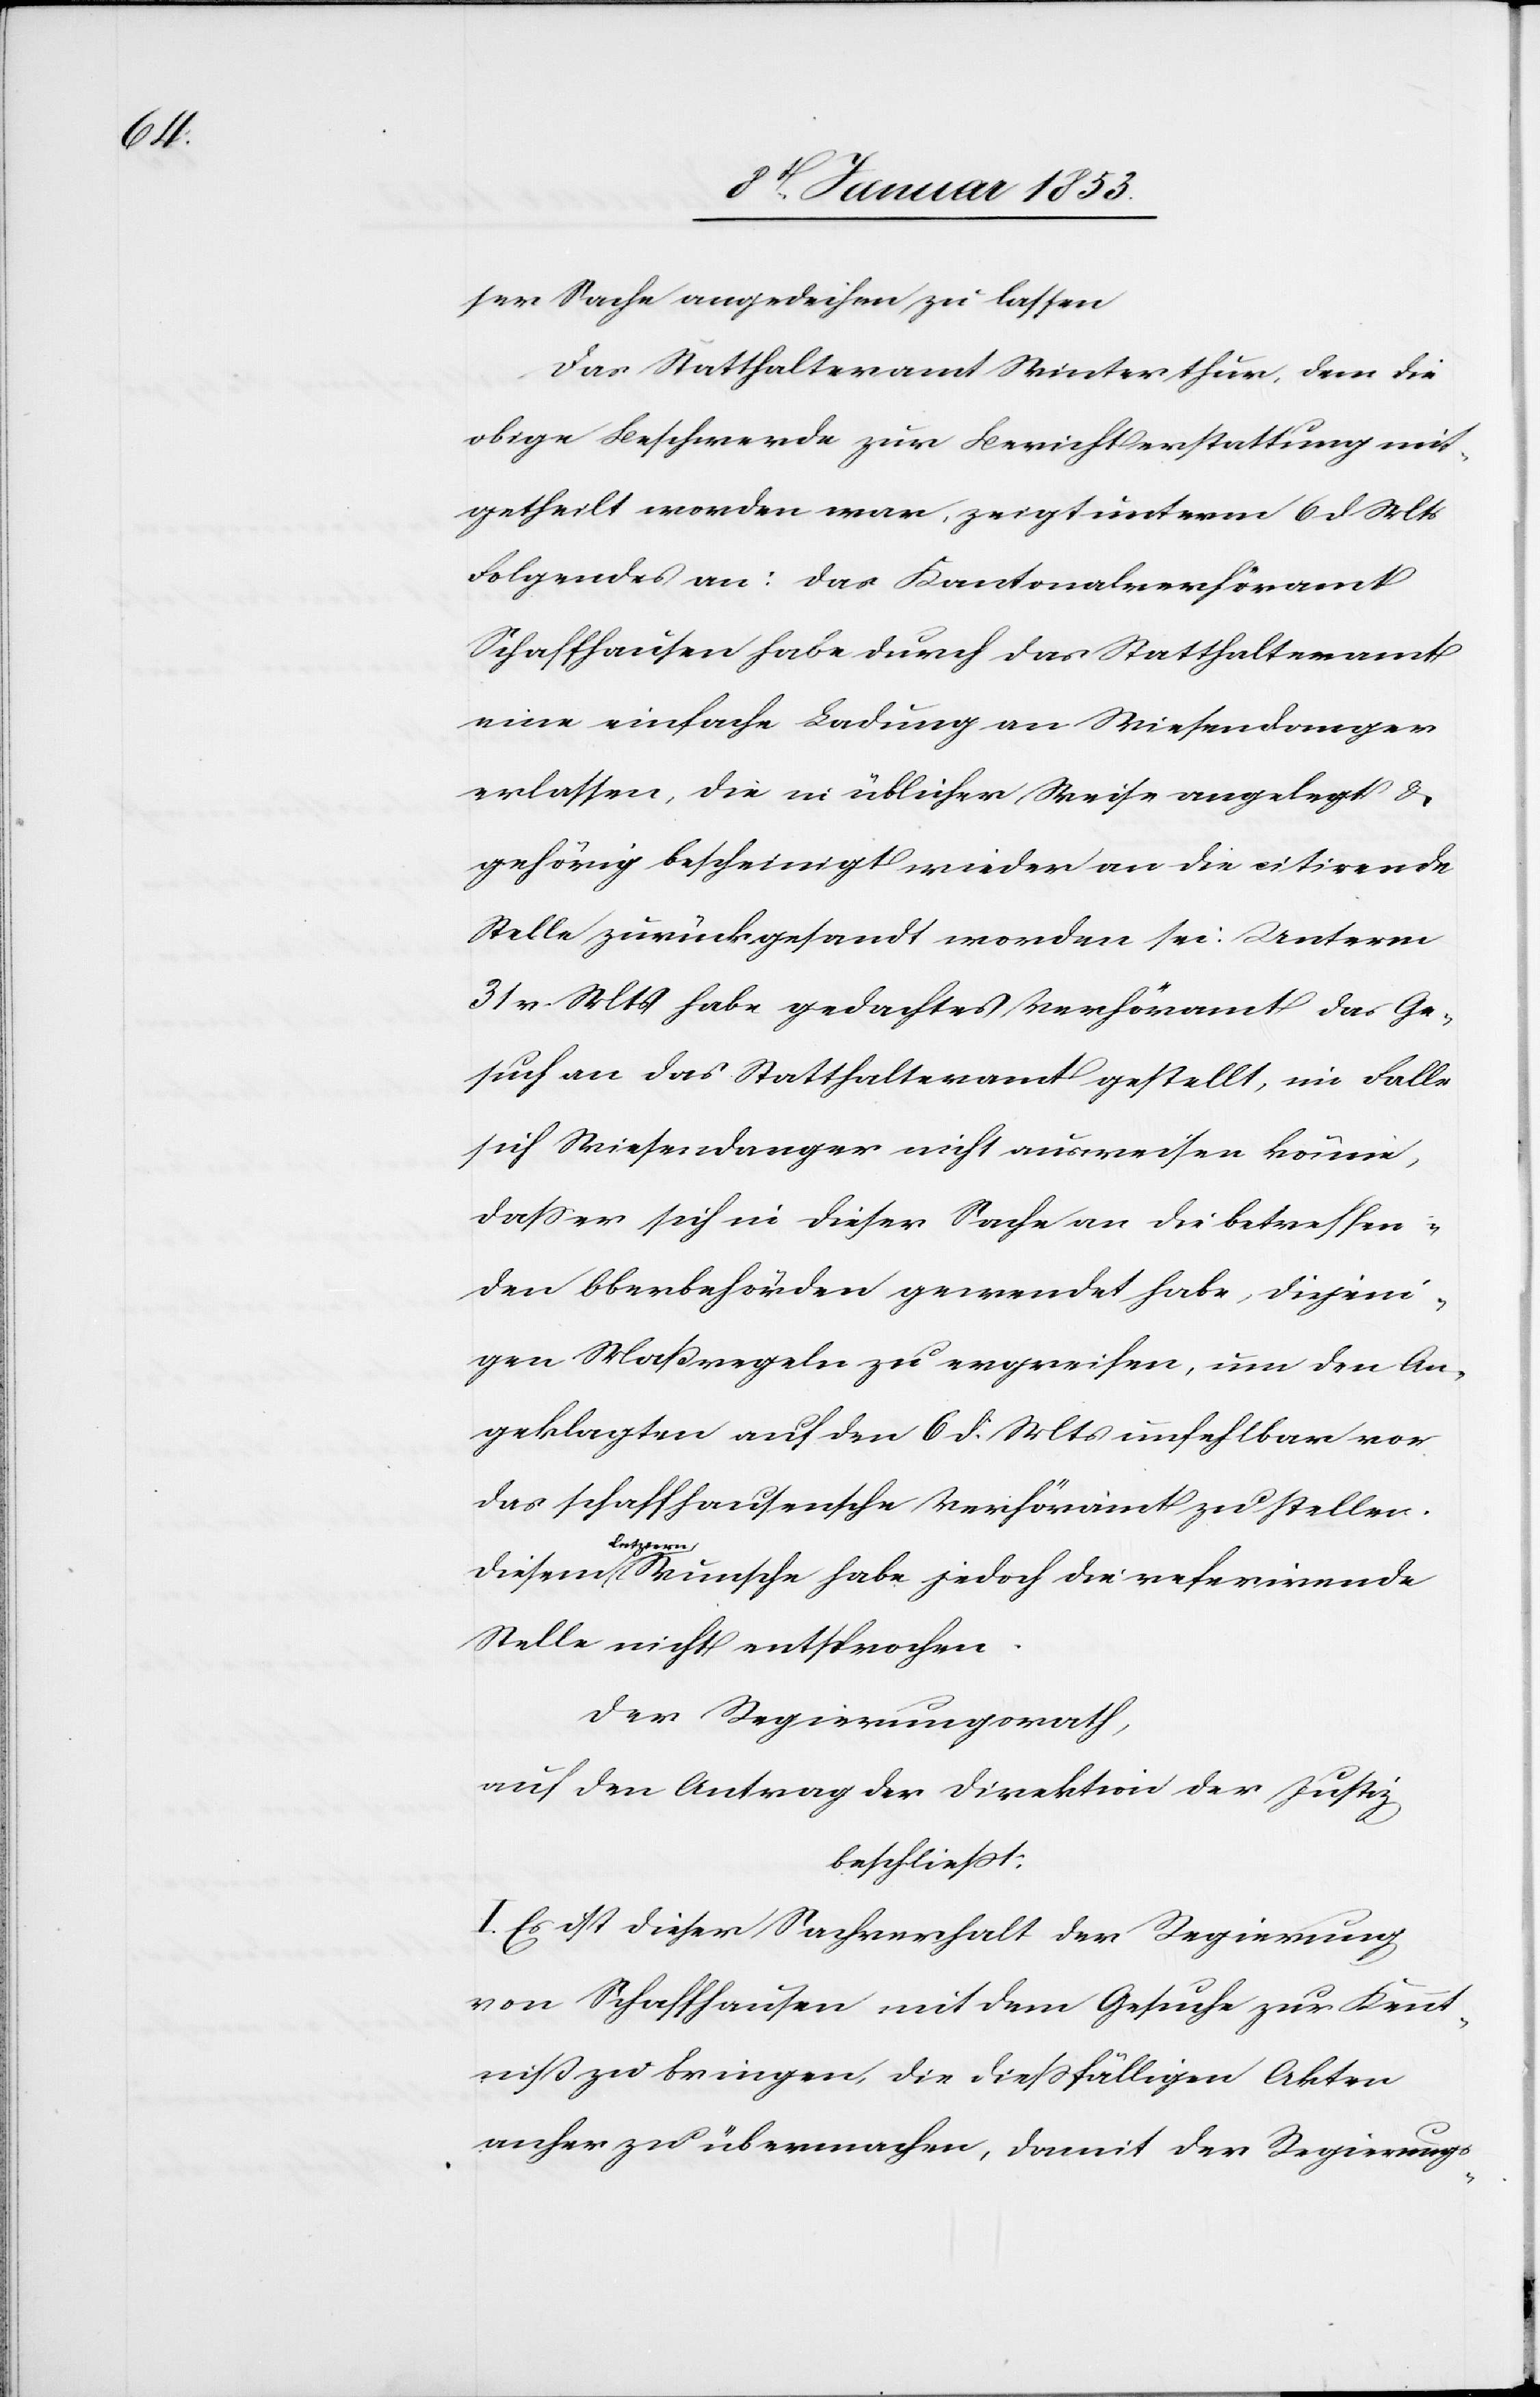
ser Sache angedeihen zu lassen.
Das Statthalteramt Winterthur, dem die
obige Beschwerde zur Berichterstattung mit¬
getheilt worden war, zeigt unterm 6 d. Mts.
Folgendes an: das Kantonalverhöramt
Schaffhausen habe durch das Statthalteramt
eine einfache Ladung an Wiesendanger
erlassen, die in üblicher Weise angelegt u.
gehörig bescheinigt wieder an die citirende
Stelle zurückgesandt worden sei. Unterm
31 v. Mts. habe gedachtes Verhöramt das Ge¬
such an das Statthalteramt gestellt, im Falle
sich Wiesendanger nicht ausweisen könne,
daß er sich in dieser Sache an die betreffen¬
den Oberbehörden gewendet habe, diejeni¬
gen Maßregeln zu ergreifen, um den An¬
geklagten auf den 6 d. Mts. unfehlbar vor
das Schaffhausersche Verhöramt zu stellen.
letztern
Stelle nicht entsprochen.
die
Der Regierungsrath,
auf den Antrag der Direktion der Justiz
beschliesst:
I. Es ist dieser Sachverhalt der Regierung
von Schaffhausen mit dem Gesuche zur Kennt¬
niß zu bringen, die dießfälligen Akten
anher zu übermachen, damit der Regierungs-